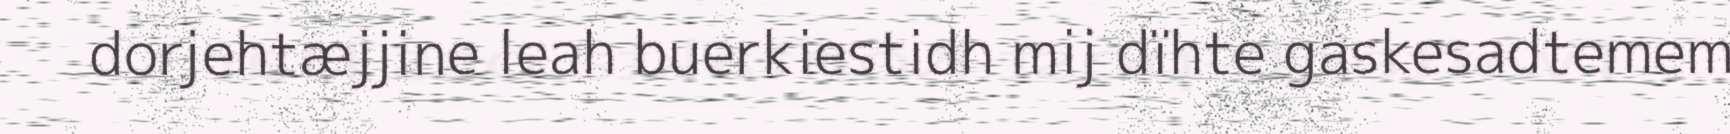
dorjehtæjjine leah buerkiestidh mij dïhte gaskesadtemem